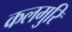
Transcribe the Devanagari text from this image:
कलमुरि